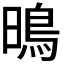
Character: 𭧘